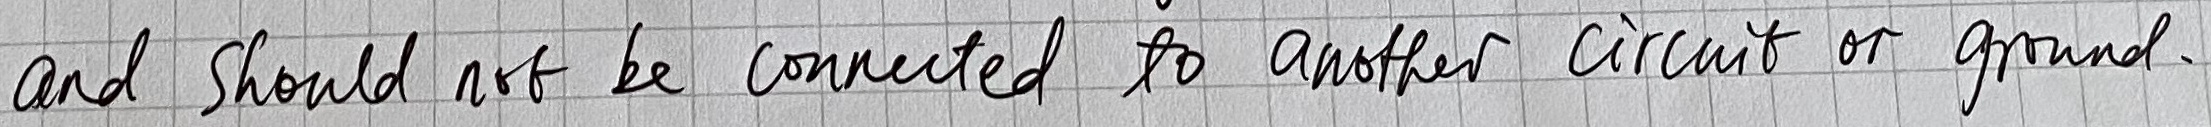
Text: and should not be connected to another circuit or ground